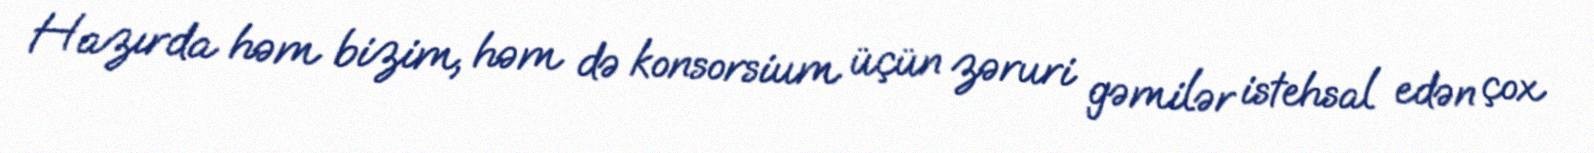
Hazırda həm bizim, həm də konsorsium üçün zəruri gəmilər istehsal edən çox